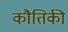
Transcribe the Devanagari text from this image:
कौतिकी